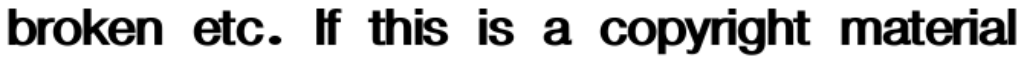
broken etc. If this is a copyright material